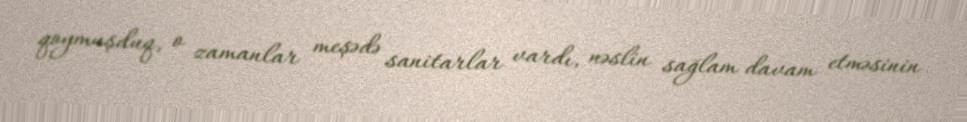
qoymuşduq, o zamanlar meşədə sanitarlar vardı, nəslin sağlam davam etməsinin